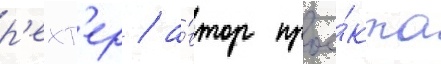
р'ехт'ер / а́втор прое́кта